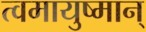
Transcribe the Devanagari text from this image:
त्वमायुष्मान्